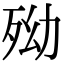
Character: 𣧥